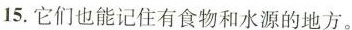
15.它们也能记住有食勒和水源的地方.